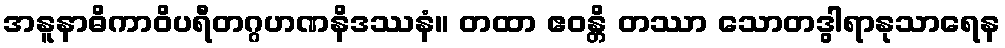
အနူနာဓိကာဝိပရီတဂ္ဂဟဏနိဒဿနံ။ တထာ ဧဝန္တိ တဿာ သောတဒွါရာနုသာရေန